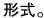
形式。